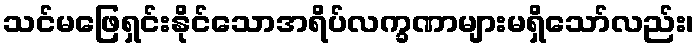
သင်မဖြေရှင်းနိုင်သောအရိပ်လက္ခဏာများမရှိသော်လည်း၊